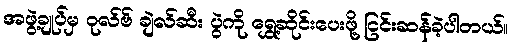
အဖွဲ့ချုပ်မှ ဝုလ်ဗ် ချဲလ်ဆီး ပွဲကို ရွှေ့ဆိုင်းပေးဖို့ ငြင်းဆန်ခဲ့ပါတယ်။